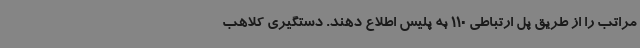
مراتب را از طریق پل ارتباطی 110 به پلیس اطلاع دهند. دستگیری کلاهب